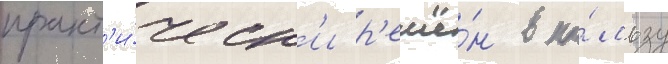
практ'и́ческ'и р'ешё́н в по́льзу